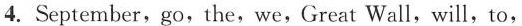
4. September,go,the,we,Great Wall,will,to,